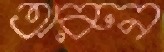
অরুন